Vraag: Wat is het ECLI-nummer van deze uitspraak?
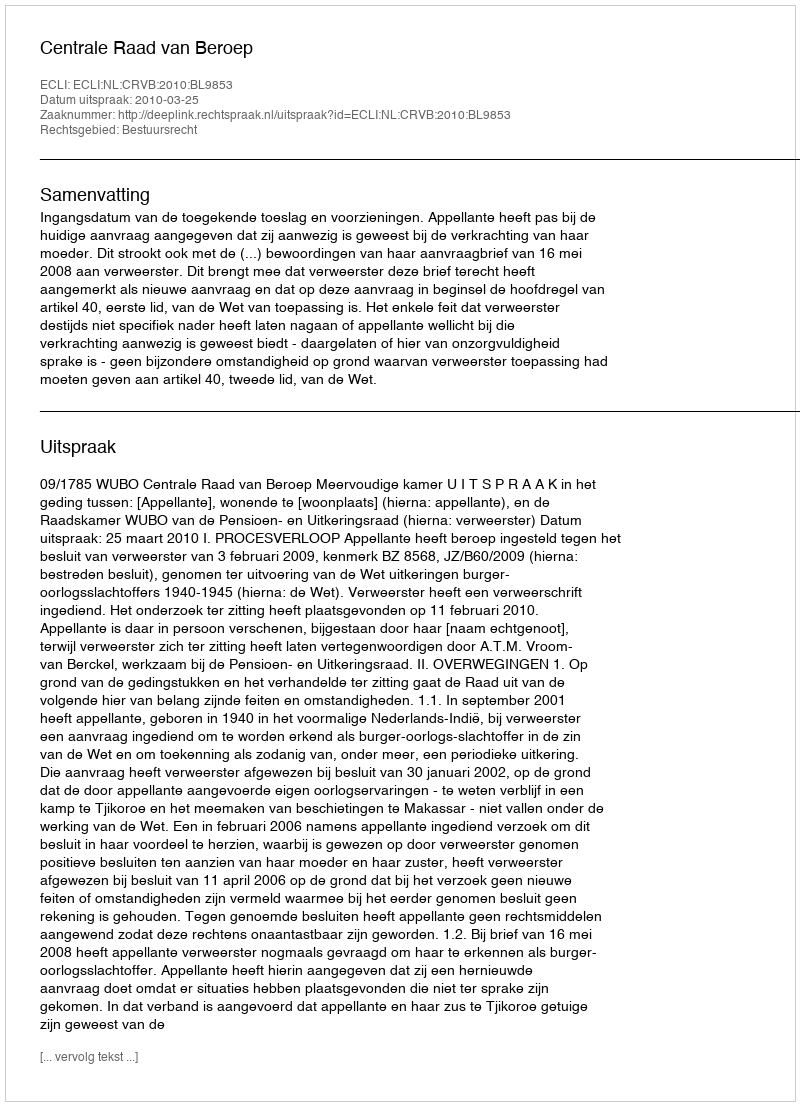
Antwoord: ECLI:NL:CRVB:2010:BL9853